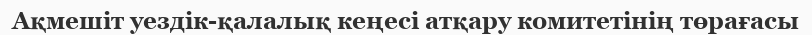
Ақмешіт уездік-қалалық кеңесі атқару комитетінің төрағасы